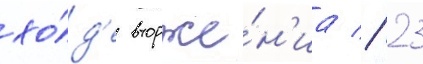
хо́д'е вторже́н'иа // 23